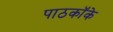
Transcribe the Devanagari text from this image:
पाठकॉके